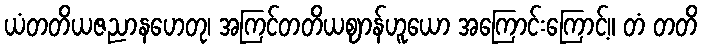
ယံတတိယဇညာနဟေတု၊ အကြင်တတိယဈာန်ဟူယော အကြောင်းကြောင့်။ တံ တတိ